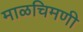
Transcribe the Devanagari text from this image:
माळचिमणी